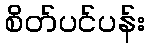
စိတ်ပင်ပန်း